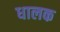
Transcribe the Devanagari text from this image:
धालक